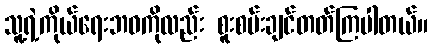
သူ့ရဲ့ကိုယ်ရေးဘဝကိုလည်း စူးစမ်းချင်တတ်ကြပါတယ်။